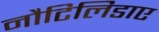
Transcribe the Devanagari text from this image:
नौटिलिडाए